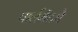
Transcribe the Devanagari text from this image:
पार्लमेंटचे